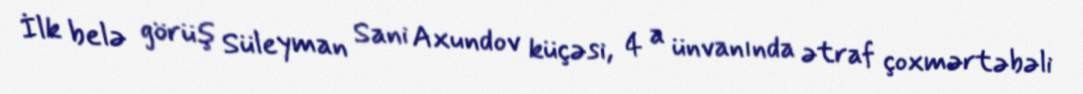
İlk belə görüş Süleyman Sani Axundov küçəsi, 4 a ünvanında ətraf çoxmərtəbəli